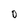
Character: 0